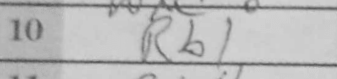
Transcription: Rb1